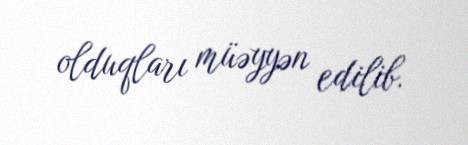
olduqları müəyyən edilib.